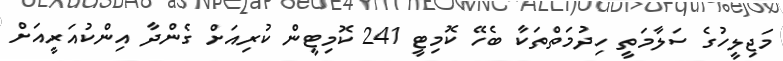
މަޖިލީހުގެ ސަލާމަތީ ހިދުމަތްތަކާ ބެހޭ ކޮމިޓީ 241 ކޮމިޓީން ކުރިއަށް ގެންދާ އިންކުއަރީއަށް